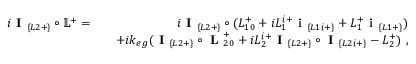
\begin{array} { r l r } { i \textbf { I } _ { \{ L 2 + \} } \circ \mathbb { L } ^ { + } = } & { } & { i \textbf { I } _ { \{ L 2 + \} } \circ ( L _ { 1 0 } ^ { + } + i L _ { 1 } ^ { i + } \textbf { i } _ { \{ L 1 i + \} } + L _ { 1 } ^ { + } \textbf { i } _ { \{ L 1 + \} } ) } \\ & { } & { + i k _ { e g } ( \textbf { I } _ { \{ L 2 + \} } \circ \textbf { L } _ { 2 0 } ^ { + } + i L _ { 2 } ^ { i + } \textbf { I } _ { \{ L 2 + \} } \circ \textbf { I } _ { \{ L 2 i + \} } - L _ { 2 } ^ { + } ) ~ , } \end{array}